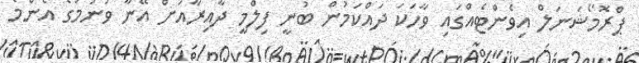
ޕްރޮމޯޝަނަލް އިވެންޓެއްގައި ވާހަކަ ދައްކަމުން ބުނީ ފިލްމީ ދާއިރާއަށް އޭނާ ވަނުމުގެ އެންމެ